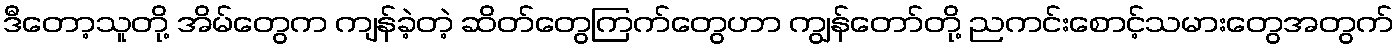
ဒီတော့သူတို့ အိမ်တွေက ကျန်ခဲ့တဲ့ ဆိတ်တွေကြက်တွေဟာ ကျွန်တော်တို့ ညကင်းစောင့်သမားတွေအတွက်